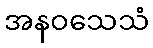
အနဝသေသံ